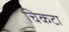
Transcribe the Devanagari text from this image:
चिकटा